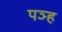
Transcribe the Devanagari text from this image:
पञ्ह